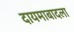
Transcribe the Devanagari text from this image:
दायमाबादला